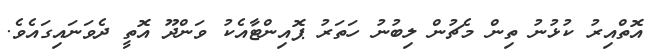
އޮތްއިރު ކުޅުނު ތިން މެޗުން ލިބުނު ހަތަރު ޕޮއިންޓާއެކު ވަންދޫ އޮތީ ދެވަނައިގައެވެ.